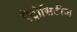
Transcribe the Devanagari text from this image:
ऍट्रोसिटीज